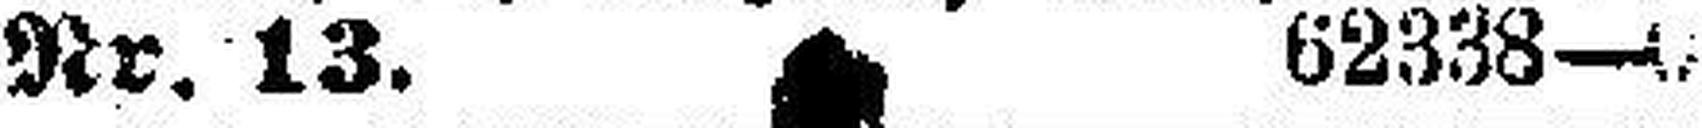
Nr. 13. 62338—0